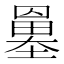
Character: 𡒀